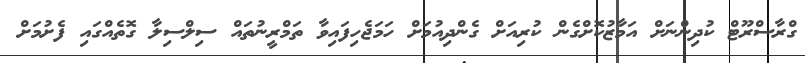
ގްރާސްރޫޓް ކުދިންނަށް އަމާޒުކޮށްގެން ކުރިއަށް ގެންދިއުމަށް ހަމަޖެހިފައިވާ ތަމްރީނުތައް ސިލްސިލާ ގޮތެއްގައި ފެށުމަށް